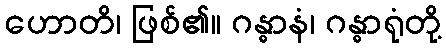
ဟောတိ၊ ဖြစ်၏။ ဂန္ဓာနံ၊ ဂန္ဓာရုံတို့